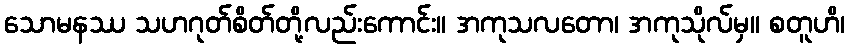
သောမနဿ သဟဂုတ်စိတ်တို့လည်းကောင်း။ အကုသလတော၊ အကုသိုလ်မှ။ စတူဟိ၊